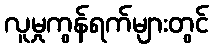
လူမှုကွန်ရက်များတွင်